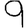
Digit: 9